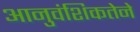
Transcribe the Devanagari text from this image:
आनुवंशिकतेने